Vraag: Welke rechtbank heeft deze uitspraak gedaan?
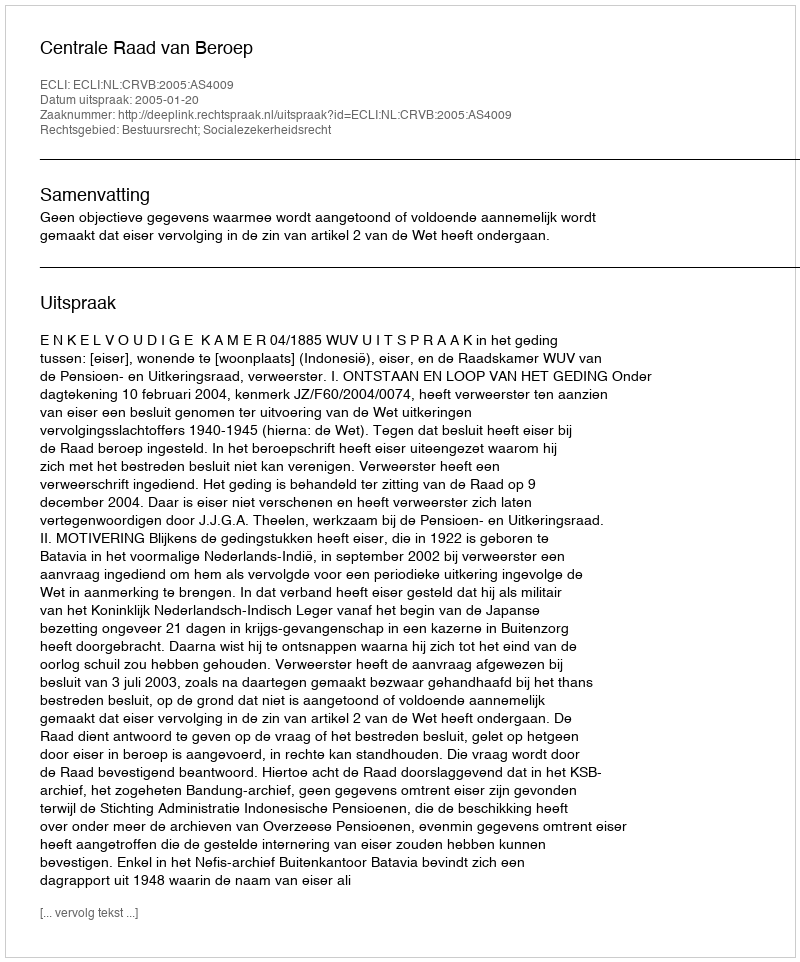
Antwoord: Centrale Raad van Beroep